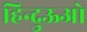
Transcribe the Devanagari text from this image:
हिन्दुऊओ